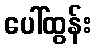
ပေါ်ထွန်း